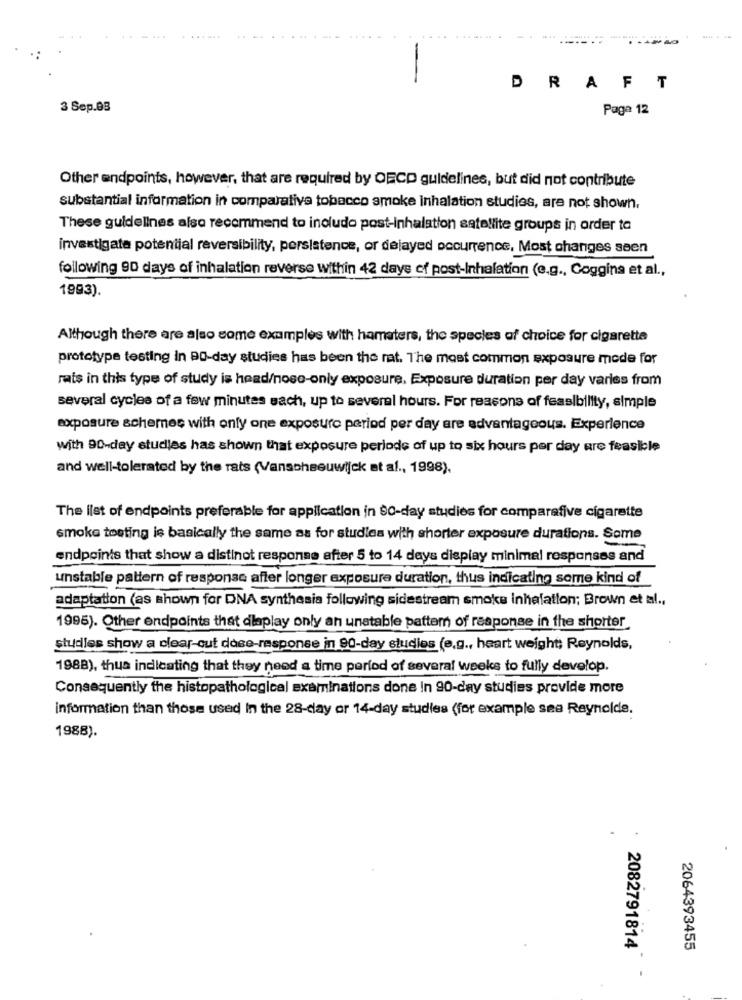
-
DRAFT
3 Sep.03
Paga 12
Other endpoints, however, that are required by OECD guidelines, but did not contribute
substantial information in comparative tobacco smoke inhalation studies, are not shown,
These guidelines also recommend to includo post-inhalation satellite groups in order to
investigate potential reversibility, persistence, or dejayed occurrence, Most changes seen
following 90 days of inhalation reverse within 42 days of post-Inhalation (e.g ., Coggins et al .,
1993).
Although there are also some examples with hamaters, the species of choice for cigarette
prototype testing in BO-day studies has been the rat. The most common exposure mode for
rats in this type of study is head/noso-only exposure, Exposure duration per day varles from
several cycles of a few minutes sach, up to several hours. For reasons of feasibility, simple
exposure schemes with only one exposure period per day are advantageous. Experience
with 90-day studies has shown that exposure periods of up to six hours per day are feasible
and well-tolerated by the rats (Vanscheeuwijck et al ., 1998).
The list of endpoints preferable for application in 90-day studies for comparafive cigarette
smoke testing is basically the same as for studies with shorter exposure durations. Some
endpoints that show a distinct response after 5 to 14 days display minimal responses and
unstable pattern of response after longer exposure duration, thus indicating some kind of
adaptation (as shown for DNA synthesia following sidestream smoke inhalation; Brown et al .,
1995). Other endpoints that dleplay only an unatable pattem of response in the shorter
studies show a clear-cut dose-response in 90-day studies (e.g ., heart weight; Reynolds,
1988), thus indicating that they need a time period of several weeks to fully develop.
Consequently the histopathological examinations done In 90-day studies provide more
information than those used In the 28-day or 14-day studies (for example sea Reynolde.
1988).
.
2082791814
2064393455